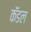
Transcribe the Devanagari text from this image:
कॅडल